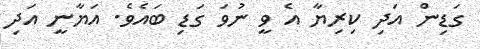
ގަޑިން އަދި ކިރިޔާ އެ ވީ ނުވަ ގަޑި ބައެވެ. އަޔާނީ އަދި